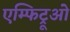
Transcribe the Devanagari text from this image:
एम्फिट्रूओ